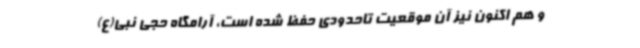
و هم اکنون نیز آن موقعیت تاحدودی حفظ شده است، آرامگاه حجی نبی(ع)